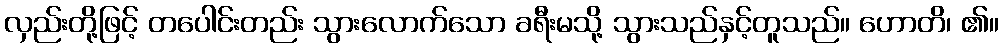
လှည်းတို့ဖြင့် တပေါင်းတည်း သွားလောက်သော ခရီးမသို့ သွားသည်နှင့်တူသည်။ ဟောတိ၊ ၏။